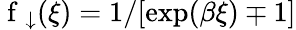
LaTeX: \mathrm{~f~}_{\downarrow}(\xi)=1/[\exp(\beta\xi)\mp 1]